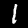
Label: 1